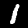
Label: 1